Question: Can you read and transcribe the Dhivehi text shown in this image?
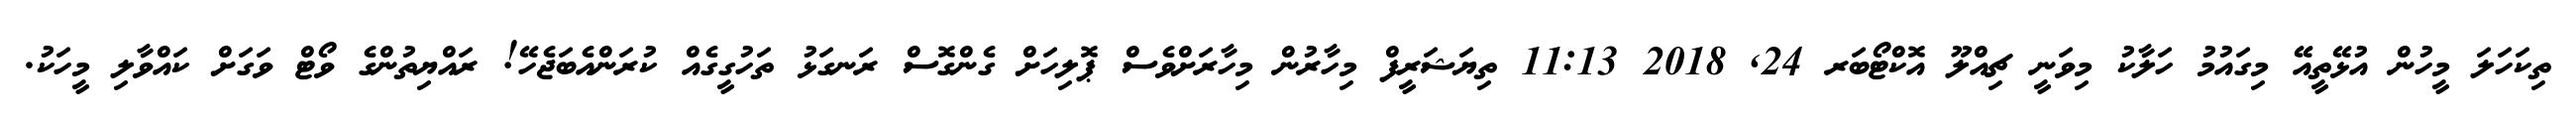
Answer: ތިކަހަލަ މީހުން އުޅޭތީއޭ މިގައުމު ހަލާކު މިވަނީ ޗިއްލޫ އޮކްޓޯބަރ 24, 2018 11:13 ތިޔަޝަރީފް މިހާރުން މިހާރަށްވެސް ޕޮލިހަށް ގެންގޮސް ރަނގަޅު ތަހުގީގެއް ކުރަންއެބަޖެހޭ! ރައްޔިތުންގެ ވޯޓް ވަގަށް ކައްވާލި މީހަކު.